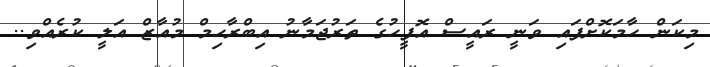
މިކަން ހާމަކޮށްފައި ވަނީ ރައީސް އޮފީހުގެ ތަރުޖަމާނު އިބްރާހިމް މުއާޒް އަލީ ކުރެއްވި..